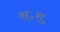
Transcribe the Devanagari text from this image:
स॰रा॰